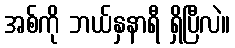
အစ်ကို ဘယ်နှနာရီ ရှိပြီလဲ။